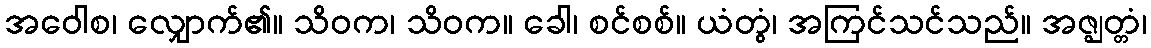
အဝေါစ၊ လျှောက်၏။ သိဝက၊ သိဝက။ ခေါ၊ စင်စစ်။ ယံတွံ၊ အကြင်သင်သည်။ အဇ္ဈတ္တံ၊